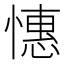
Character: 憓